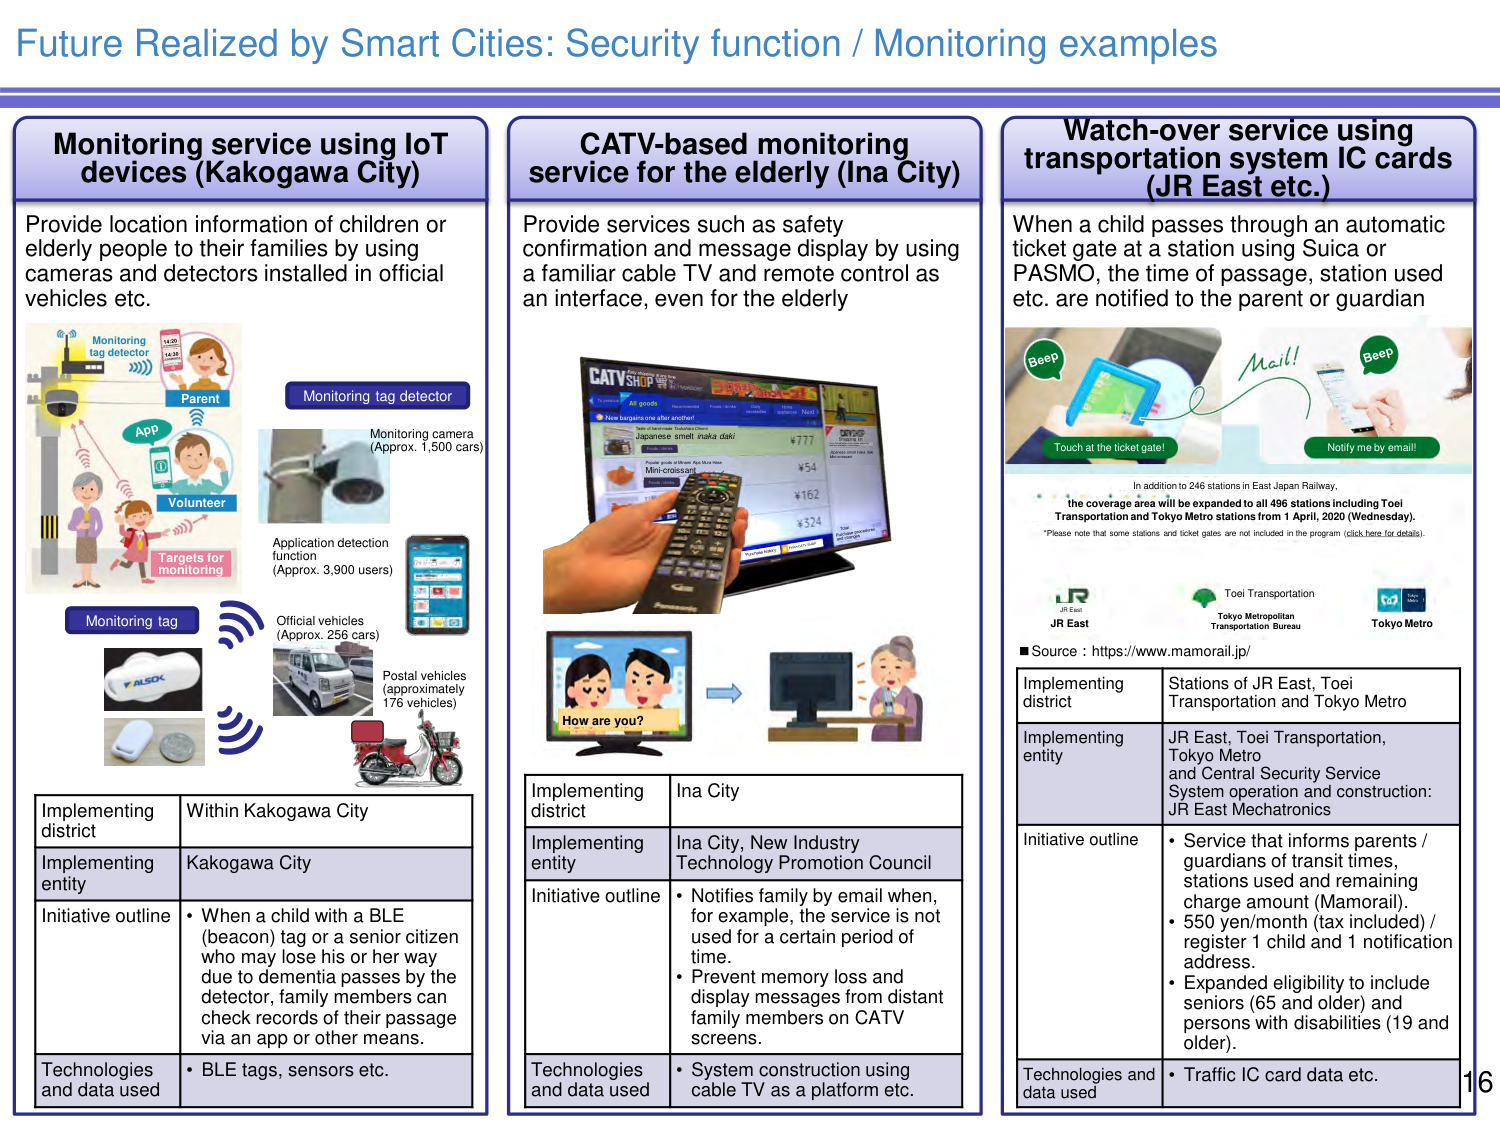
Future Realized by Smart Cities: Security function / Monitoring examples

Monitoring service using IoT devices (Kakogawa City)
Provide location information of children or elderly people to their families by using cameras and detectors installed in official vehicles etc.

Monitoring tag detector
Parent
APP
Volunteer
Targets for monitoring
Monitoring tag
Monitoring camera (Approx. 1,500 cars)
Application detection function (Approx. 3,900 users)
Official vehicles (Approx. 256 cars)
Postal vehicles (approximately 176 vehicles)

Implementing district: Within Kakogawa City
Implementing entity: Kakogawa City
Initiative outline: • When a child with a BLE (beacon) tag or a senior citizen who may lose his or her way due to dementia passes by the detector, family members can check records of their passage via an app or other means.
Technologies and data used: • BLE tags, sensors etc.

CATV-based monitoring service for the elderly (Ina City)
Provide services such as safety confirmation and message display by using a familiar cable TV and remote control as an interface, even for the elderly

How are you?

Implementing district: Ina City
Implementing entity: Ina City, New Industry Technology Promotion Council
Initiative outline: • Notifies family by email when, for example, the service is not used for a certain period of time. • Prevent memory loss and display messages from distant family members on CATV screens.
Technologies and data used: • System construction using cable TV as a platform etc.

Watch-over service using transportation system IC cards (JR East etc.)
When a child passes through an automatic ticket gate at a station using Suica or PASMO, the time of passage, station used etc. are notified to the parent or guardian

Beep
Touch at the ticket gate!
Mail!
Beep
Notify me by email!

In addition to 246 stations in East Japan Railway, the coverage area will be expanded to all 496 stations including Toei Transportation and Tokyo Metro stations from 1 April, 2020 (Wednesday).
*Please note that some stations and ticket gates are not included in the program (click here for details).

JR East
Toei Transportation
Tokyo Metropolitan Transportation Bureau
Tokyo Metro

Source: https://www.mamorail.jp/

Implementing district: Stations of JR East, Toei Transportation and Tokyo Metro
Implementing entity: JR East, Toei Transportation, Tokyo Metro and Central Security Service. System operation and construction: JR East Mechatronics
Initiative outline: • Service that informs parents / guardians of transit times, stations used and remaining charge amount (Mamorail). • 550 yen/month (tax included) / register 1 child and 1 notification address. • Expanded eligibility to include seniors (65 and older) and persons with disabilities (19 and older).
Technologies and data used: • Traffic IC card data etc.

16